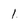
Character: 1